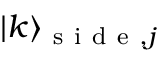
\vert k \rangle _ { \mathrm { ~ s ~ i ~ d ~ e ~ } , j }